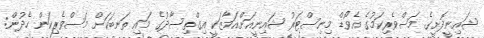
ޝައިނީދޮށީގެ މަސްވެރިކަމުގެ އެވޯޑް މިނިސްޓަރު ޝައިނީއަށްއަމާޒަކީ އިގްތިސާދުގެ މައި ތަނބަކަށް މަސްވެރިކަން ހެދުން: